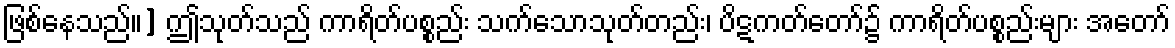
ဖြစ်နေသည်။] ဤသုတ်သည် ကာရိတ်ပစ္စည်း သက်သောသုတ်တည်း၊ ပိဋကတ်တော်၌ ကာရိတ်ပစ္စည်းများ အတော်